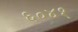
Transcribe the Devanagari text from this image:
६०४१